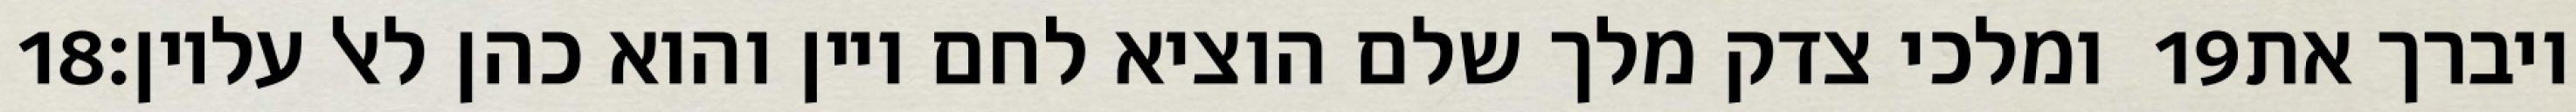
‎18‏ ומלכי צדק מלך שלם הוציא לחם ויין והוא כהן לאל עליון׃ ‎19‏ ויברך את